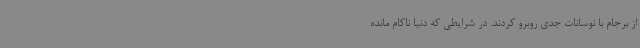
از برجام با نوسانات جدی روبرو کردند. در شرایطی که دنیا ناکام مانده